Report of the Municipal Commissioner on the plague in Bombay for the year ending 31st May... - Volume 3
Disease focus: Plague
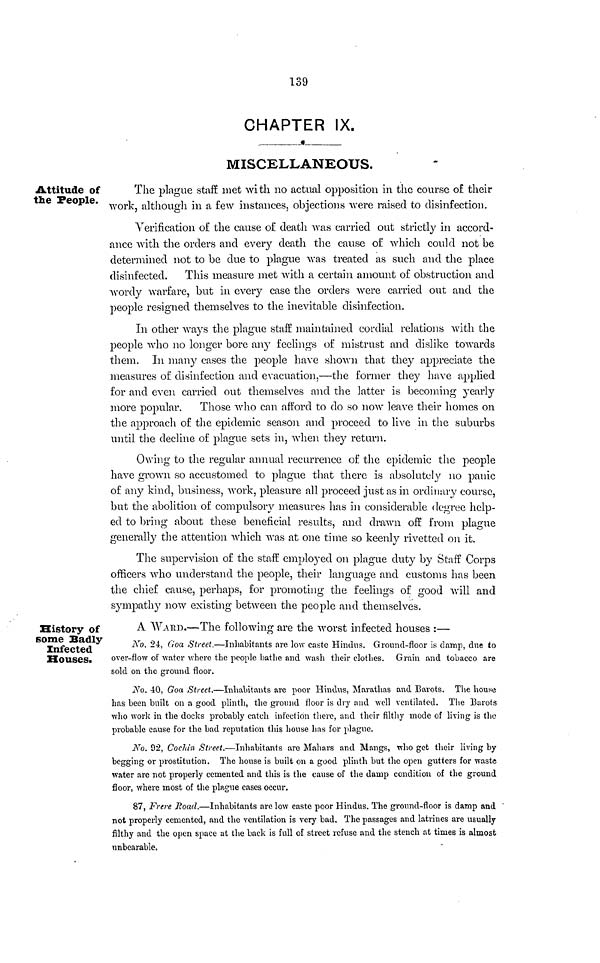
139
CHAPTER IX.
MISCELLANEOUS.
Attitude of
the People.
The plague staff met with no actual opposition in the course of their
work, although in a few instances, objections were raised to disinfection.
Verification, of the canse of death was carried out strictly in accord-
ance with the orders and every death the canse of which could not be
determined not to be due to plague was treated as such and the place
disinfected. This measure met with a certain amount of obstruction and
wordy warfare, but in every case the orders were carried out and the
people resigned themselves to the inevitable disinfection.
In other ways the plague staff maintained cordial relations with the
people Avho no longer bore any feelings of mistrust and dislike towards
them. In many cases the people have shown that they appreciate the
measures of disinfection and evacuation,—the former they have applied
for and even carried out themselves and the latter is becoming yearly
more popular. Those who can afford to do so now leave their homes on
the approach of the epidemic season and proceed to live in the suburbs
until the decline of plague sets in, when they return.
Owing to the regular annual recurrence of the epidemic the people
have grown so accustomed to plague that there is absolutely no panic
of any kind, business, work, pleasure all proceed just as in ordinary course,
but the abolition of compulsory measures has in considerable degree help-
ed to bring about these beneficial results, and drawn off from plague
generally the attention which was at one time so keenly rivetted on it.
The supervision of the staff employed on plague duty by Staff Corps
officers who understand the people, their language and customs has been
the chief cause, perhaps, for promoting the feelings of good will and
sympathy now existing between the people and themselves.
History of
some Badly
Infected
Houses.
A WARD.—The following are the worst infected houses :—
No. 24, Cloa Street.—Inhabitants are low caste Hindus. Ground-floor is damp, due to
over-flow of water where the people bathe and wash their clothes. Grain and tobacco are
sold on the ground floor.
No. 40, Goa Street.—Inhabitants are poor Hindus, Marathas and Barots. The house
has been built on a good plinth, the ground floor is dry and well ventilated. The Barots
who work in the docks probably catch infecí ion there, and their filthy mode of living is the
probable cause for the bad reputation this house lias for plague.
No. 92, Cocían Street.—Inhabitants are Mahars and Mangs, who get their living by
begging or prostitution. The house is built on a good plinth but the open gutters for waste
water are not properly cemented and this is the cause of the damp condition of the ground
floor, where most of the plague cases occur.
87, Frere Road.—Inhabitants are low caste poor Hindus. The ground-floor is damp and '
not properly cemented, and the ventilation is very bad. The passages and latrines are usually
filthy and the open space at the back is full of street refuse and the stench at times is almost
unbearable.